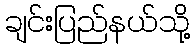
ချင်းပြည်နယ်သို့